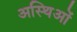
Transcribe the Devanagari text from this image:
अस्थिओं